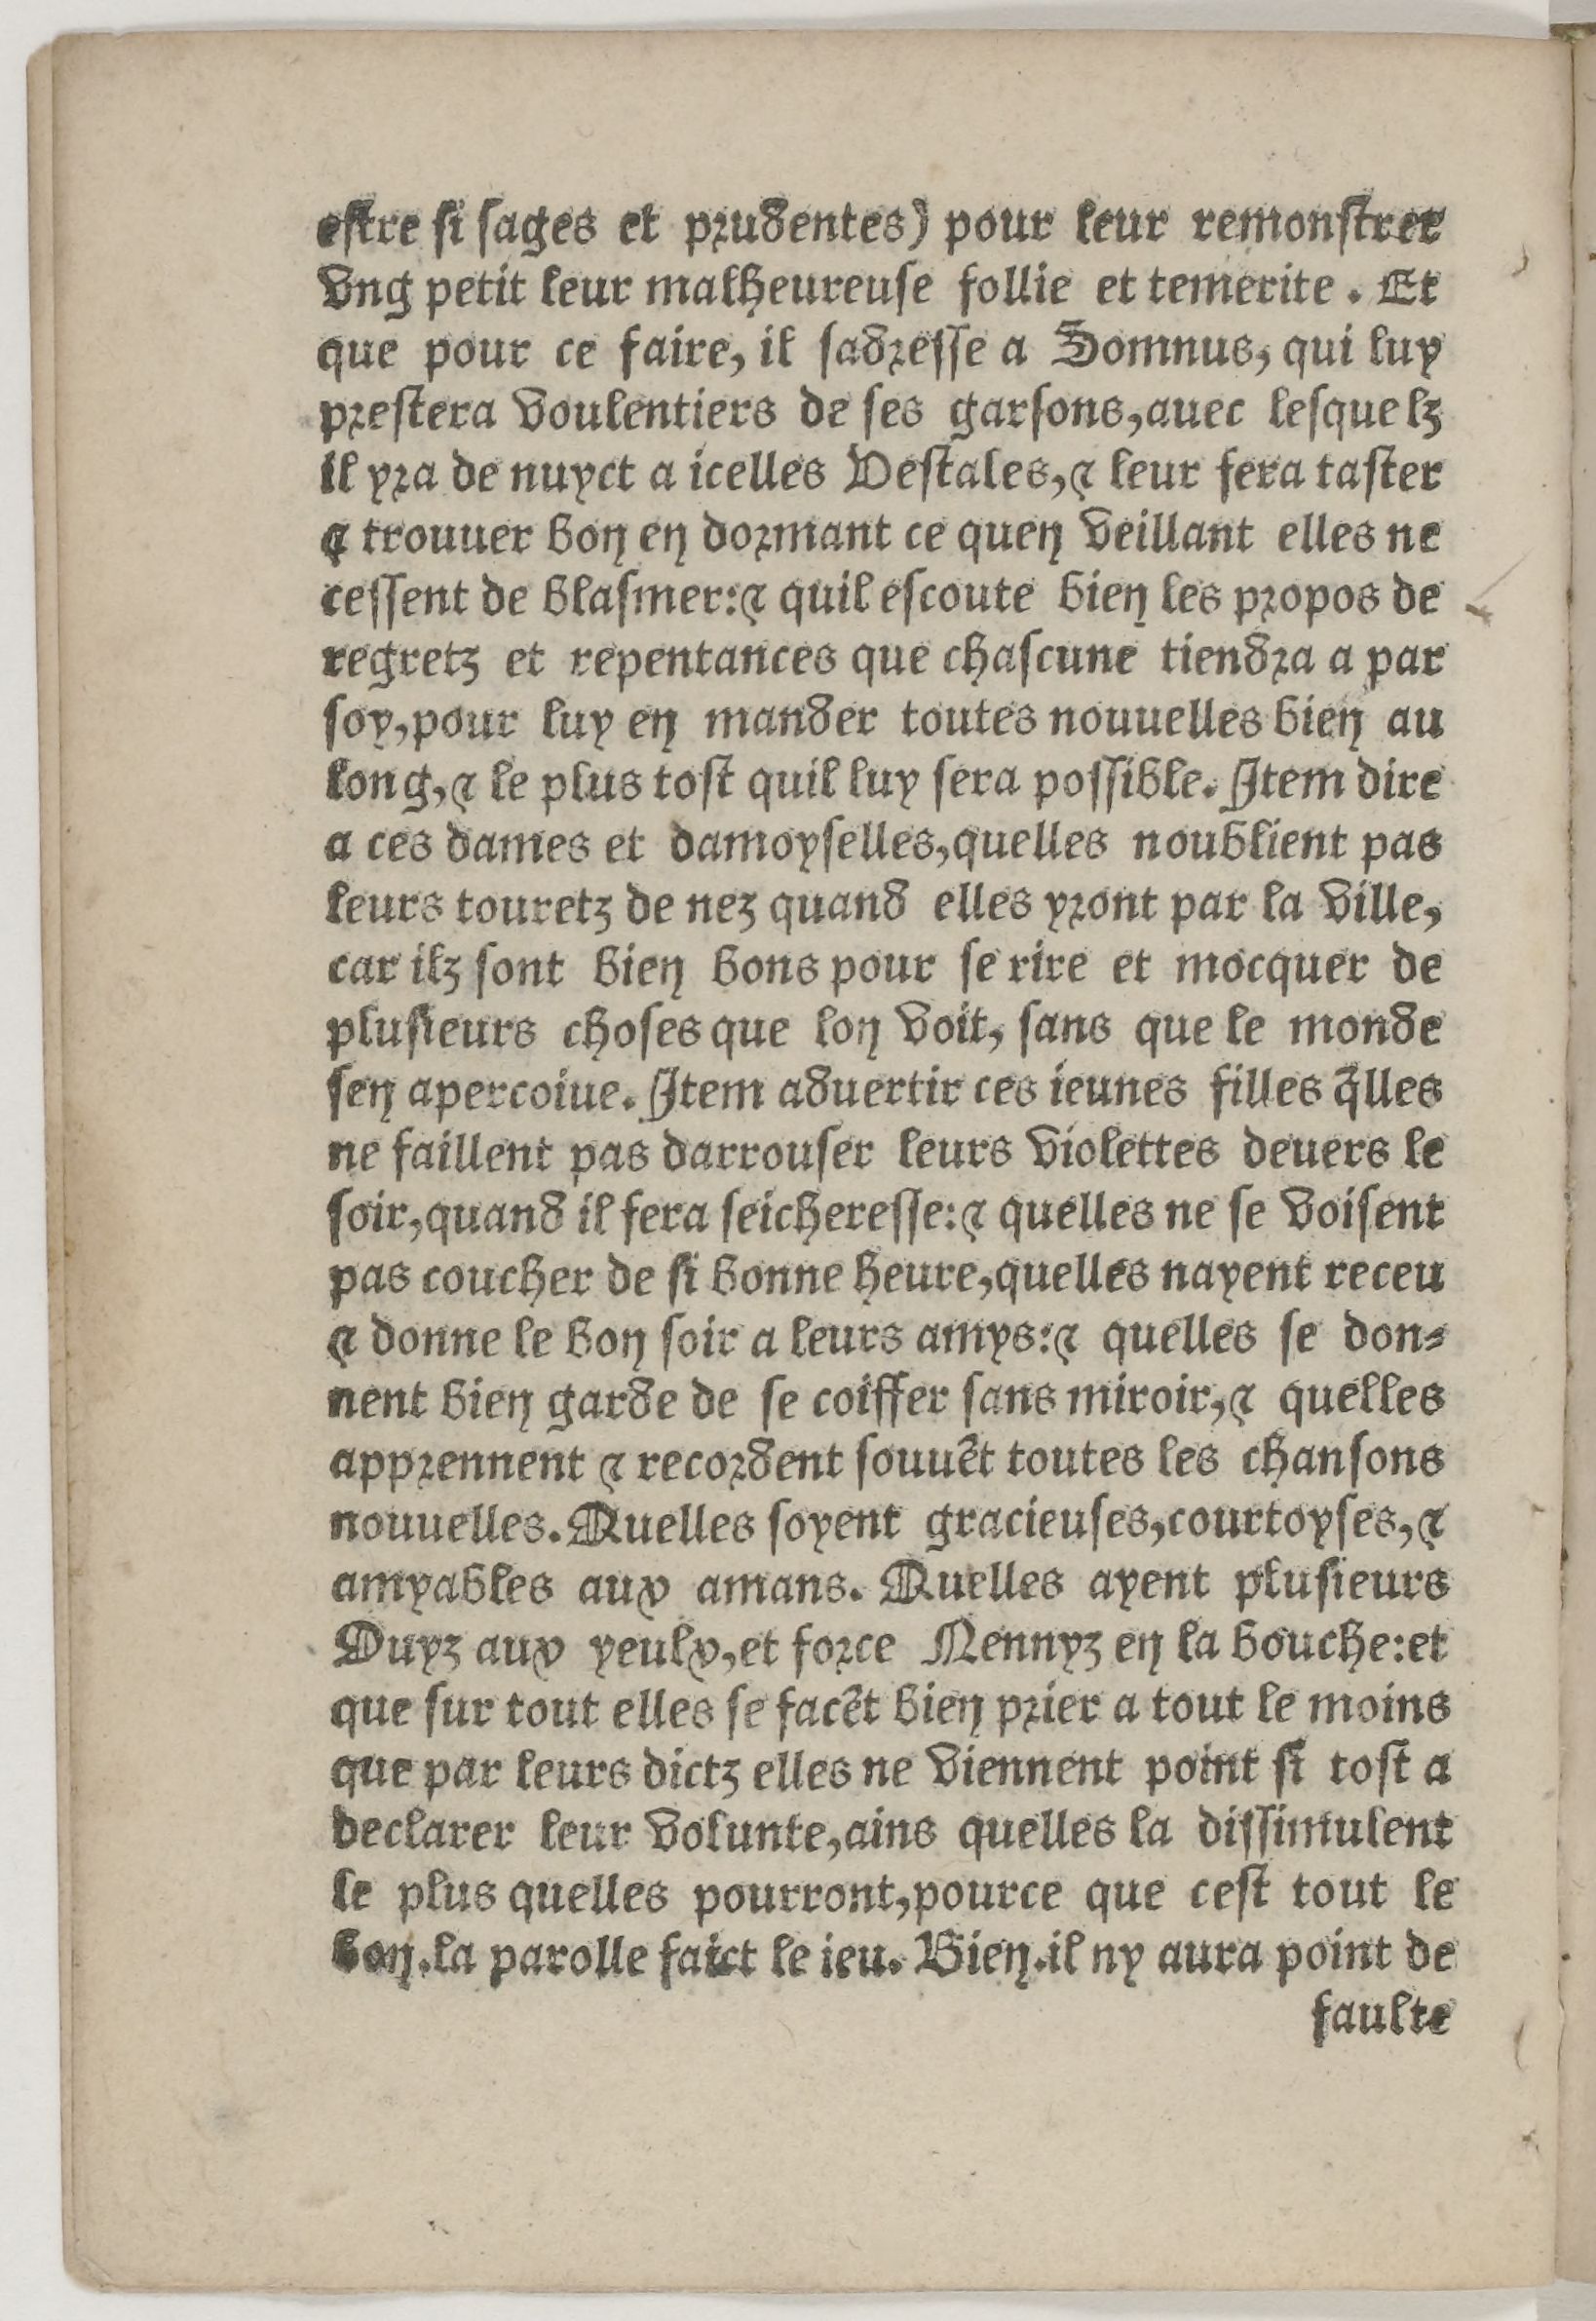
Shelfmark: Paris, BnF, Rés. Z-2442
Century: 16